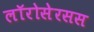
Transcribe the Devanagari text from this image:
लॉरोसेरसस